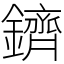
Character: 鑇